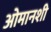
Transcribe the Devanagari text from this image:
ओमानशी